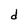
Character: d